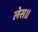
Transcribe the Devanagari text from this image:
लेस॥